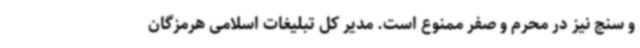
و سنج نیز در محرم و صفر ممنوع است. مدیر کل تبلیغات اسلامی هرمزگان